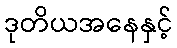
ဒုတိယအနေနှင့်